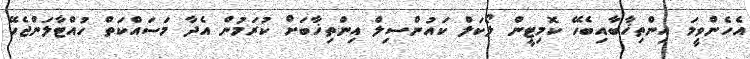
އެހެންވީމަ އިންތިޚާބާއިބެހޭ ކޮމިޓީން ލޯކަލް ކައުންސިލް އިންތިޚާބަށް ކުރަމުން އެދާ މަސައްކަތް ހުއްޓާލަންޖެހޭ